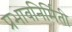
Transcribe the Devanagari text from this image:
प्रभावनिर्मिती